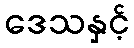
ဒေသနှင့်